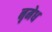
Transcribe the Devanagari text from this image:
नृमेध